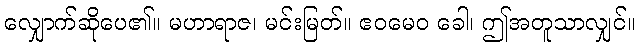
လျှောက်ဆိုပေ၏။ မဟာရာဇ၊ မင်းမြတ်။ ဧဝမေဝ ခေါ၊ ဤအတူသာလျှင်။